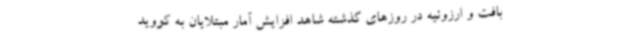
بافت و ارزوئیه در روزهای گذشته شاهد افزایش آمار مبتلایان به کووید